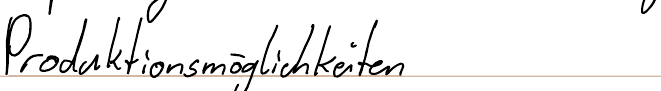
Produktionsmöglichkeiten